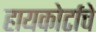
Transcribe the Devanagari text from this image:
हायकोर्टाचे